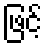
ဖြင့်